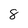
Character: 8